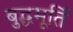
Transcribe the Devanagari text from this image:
बुद्धमूर्ति